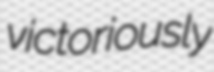
victoriously